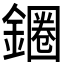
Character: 𲇞